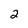
Character: 2